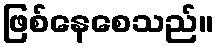
ဖြစ်နေစေသည်။